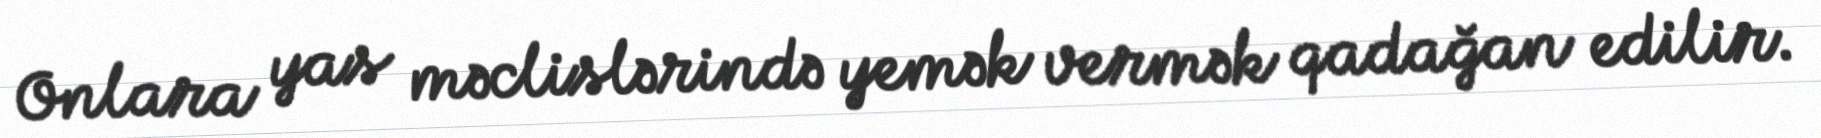
Onlara yas məclislərində yemək vermək qadağan edilir.